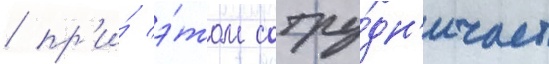
/ пр'и́ э́том сотру́дн'ичает